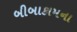
બીબાકામના